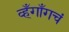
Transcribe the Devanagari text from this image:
व्हँगाँगचं